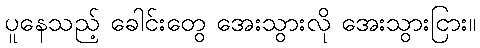
ပူနေသည့် ခေါင်းတွေ အေးသွားလို အေးသွားငြား။